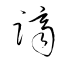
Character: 躋